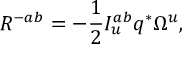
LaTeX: R ^ { - a b } = - { \frac { 1 } { 2 } } I _ { u } ^ { a b } q ^ { * } \Omega ^ { u } ,